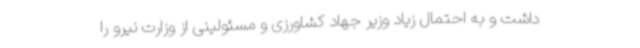
داشت و به احتمال زیاد وزیر جهاد کشاورزی و مسئولینی از وزارت نیرو را